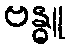
ဗန္ဓူ